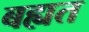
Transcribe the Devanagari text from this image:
बह्यत